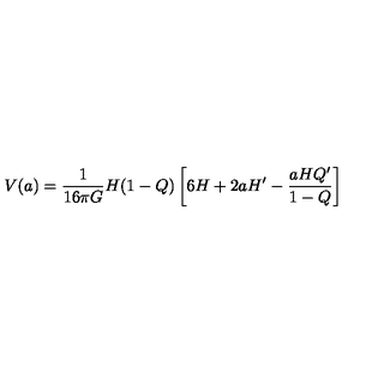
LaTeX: V ( a ) = \frac { 1 } { 1 6 \pi G } H ( 1 - Q ) \left[ 6 H + 2 a H ^ { \prime } - \frac { a H Q ^ { \prime } } { 1 - Q } \right]